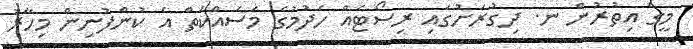
މީގެ އިތުރުން ނ. ދިގުރަށުގައި ރިސޯޓެއް ހެދުމުގެ މަސައްކަތް އެ ކުންފުނިން މިހާރު